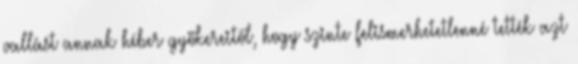
vallást annak héber gyökereitől, hogy szinte felismerhetetlenné tették azt